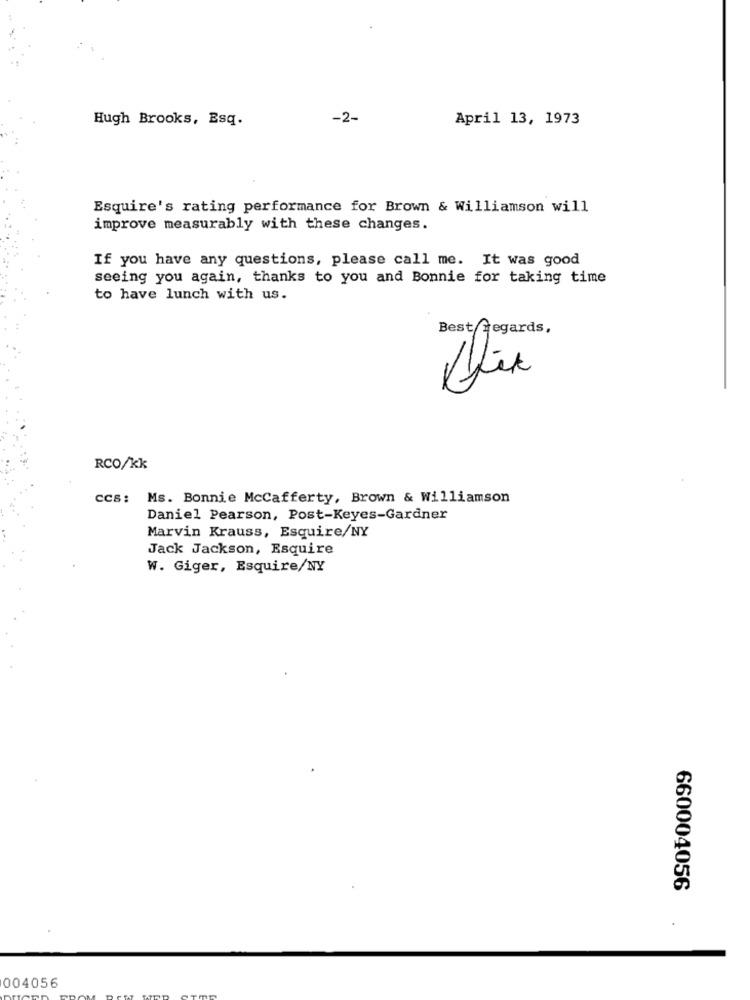
Hugh Brooks, Esq.
-2-
April 13, 1973
Esquire's rating performance for Brown & Williamson will
improve measurably with these changes.
If you have any questions, please call me. It was good
seeing you again, thanks to you and Bonnie for taking time
to have lunch with us.
Best Regards,
Dix
RCO/kk
ccs: Ms. Bonnie McCafferty, Brown & Williamson
Daniel Pearson, Post-Keyes-Gardner
Marvin Krauss, Esquire/NY
Jack Jackson, Esquire
W. Giger, Esquire/NY
660004056
004056